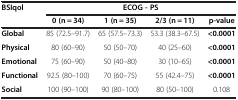
<table><thead><tr><td rowspan="2"><b>BSIqol</b></td><td colspan="4"><b>ECOG - PS</b></td></tr><tr><td><b>0 (n = 34)</b></td><td><b>1 (n = 35)</b></td><td><b>2/3 (n = 11)</b></td><td><b>p-value</b></td></tr></thead><tbody><tr><td><b>Global</b></td><td>85 (72.5–91.7)</td><td>65 (57.5–73.3)</td><td>53.3 (38.3–67.5)</td><td><b>&lt;0.0001</b></td></tr><tr><td><b>Physical</b></td><td>80 (60–90)</td><td>50 (50–70)</td><td>40 (25–60)</td><td><b>&lt;0.0001</b></td></tr><tr><td><b>Emotional</b></td><td>75 (60–90)</td><td>50 (40–80)</td><td>30 (10–65)</td><td><b>&lt;0.0001</b></td></tr><tr><td><b>Functional</b></td><td>92.5 (80–100)</td><td>70 (60–75)</td><td>55 (42.4–75)</td><td><b>&lt;0.0001</b></td></tr><tr><td><b>Social</b></td><td>100 (90–100)</td><td>90 (80–100)</td><td>80 (50–100)</td><td>0.108</td></tr></tbody></table>